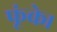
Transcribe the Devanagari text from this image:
फूंके।